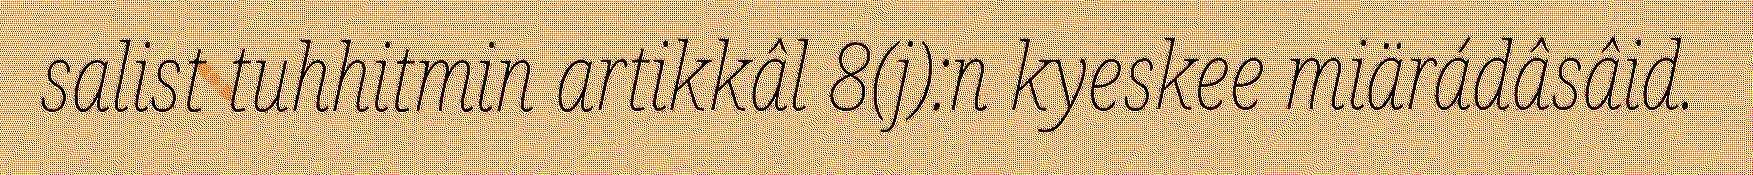
salist tuhhitmin artikkâl 8(j):n kyeskee miärádâsâid.